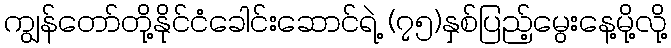
ကျွန်တော်တို့နိုင်ငံခေါင်းဆောင်ရဲ့ (၇၅)နှစ်ပြည့်မွေးနေ့မို့လို့